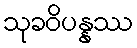
သုခဝိပန္နဿ